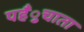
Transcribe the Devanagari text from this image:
पहँुचाता